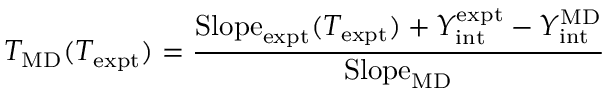
T _ { \mathrm { M D } } ( T _ { \mathrm { e x p t } } ) = \frac { \mathrm { S l o p e } _ { \mathrm { e x p t } } ( T _ { \mathrm { e x p t } } ) + Y _ { \mathrm { i n t } } ^ { \mathrm { e x p t } } - Y _ { \mathrm { i n t } } ^ { \mathrm { M D } } } { \mathrm { S l o p e } _ { \mathrm { M D } } }